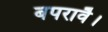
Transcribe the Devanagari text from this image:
बपरावै।